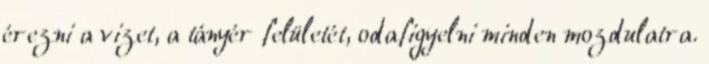
érezni a vizet, a tányér felületét, odafigyelni minden mozdulatra.